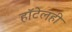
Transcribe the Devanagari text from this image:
हॉटेलही